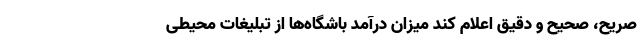
صریح، صحیح و دقیق اعلام کند میزان درآمد باشگاه‌ها از تبلیغات محیطی